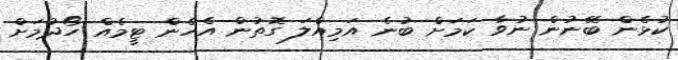
ކުޅެން ބޭނުން ނުވާ ކަމަށް ބުނެ އަމިއްލަ ގޮތުން އެހެން ޓީމެއް ހޯދުމަށް